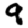
Digit: 9